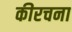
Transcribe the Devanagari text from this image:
कीरचना